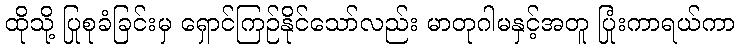
ထိုသို့ ပြုစုခံခြင်းမှ ရှောင်ကြဉ်နိုင်သော်လည်း မာတုဂါမနှင့်အတူ ပြုံးကာရယ်ကာ